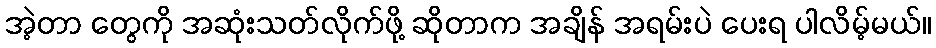
အဲ့တာ တွေကို အဆုံးသတ်လိုက်ဖို့ ဆိုတာက အချိန် အရမ်းပဲ ပေးရ ပါလိမ့်မယ်။